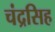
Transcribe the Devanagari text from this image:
चंद्रसिह